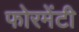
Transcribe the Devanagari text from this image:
फोरमेंटी